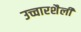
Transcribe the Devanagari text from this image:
उच्चारशैली